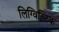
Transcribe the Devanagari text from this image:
लिग्विस्टिक